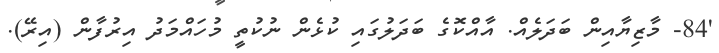
'84- މާޒިޔާއިން ބަދަލެއް. އާއްކޮގެ ބަދަލުގައި ކުޅެން ނުކުތީ މުހައްމަދު އިރުފާން (އިރޭ).